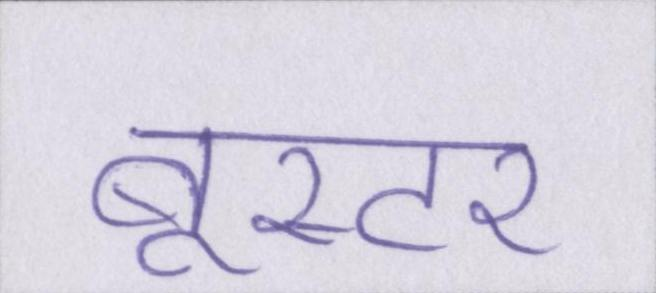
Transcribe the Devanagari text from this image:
बूस्टर